Calcutta medical institutions reports 1892-1900
Year: 1892
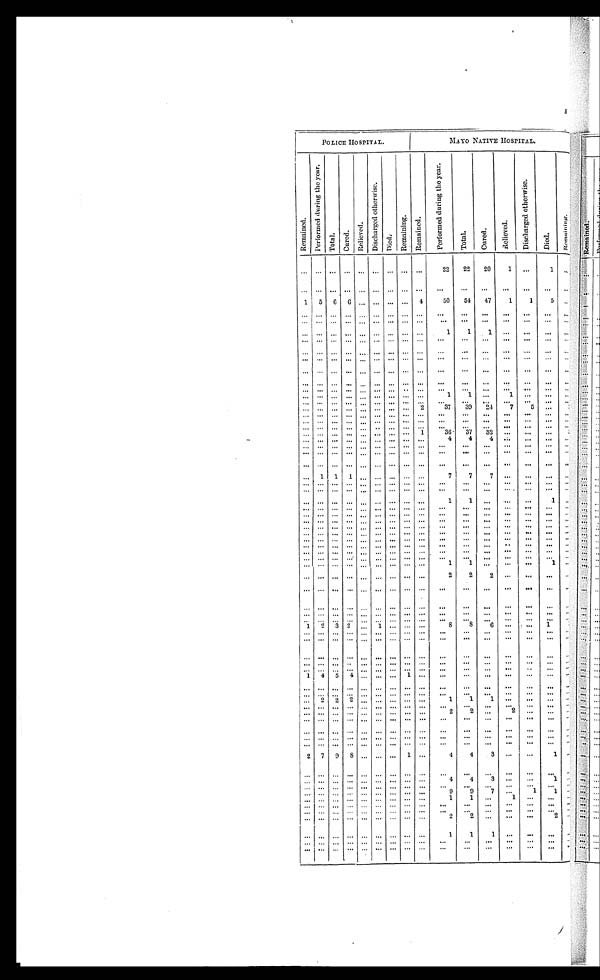
POLICE HOSPITAL.
MAYO NATI VE HOSPI TAL.
R e m a i n e d .
P e r f o r m e d d u r i n g t h e y e a r .
T o t a l .
C u r e d .
R e l i e v e d .
D i s c h a r g e d o t h e r w i s e .
D i e d .
R e m a i n i n g .
R e m a i n e d .
P e r f o r m e d d u r i n g t h e y e a r .
T o t a l .
C u r e d .
R e l i e v e d .
D i s c h a r g e d o t h e r w i s e .
D i e d .
R e m a i n i n g .
. . .
. . .
. . . . . .
. . .
. . .
. . .
. . .
. . .
22
22
20
1
. . .
1
. . .
. . .
. . .
. . . . . .
. . .
. . .
. . .
. . .
. . .
. . .
. . .
. . .
. . .
. . .
. . .
. . .
1
5
6
6
. . .
. . .
. . .
. . .
4
50
54
47
1
1
5 . . .
. . .
. . .
. . .
. . .
. . .
. . .
. . .
. . .
. . .
. . .
. . .
. . . . . .
. . .
. . . . . .
. . .
. . .
. . . . . .
. . .
. . .
. . .
. . .
. . .
. . .
. . .
. . . . . .
. . .
. . . . . .
. . .
. . .
. . . . . .
. . .
. . .
. . .
. . .
. . .
1
1
1 . . .
. . .
. . .
. . .
. . .
. . .
. . . . . .
. . .
. . .
. . .
. . .
. . .
. . .
. . .
. . .. . .
. . .
. . . . . .
. . .
. . .
. . . . . .
. . .
. . .
. . .
. . .
. . .
. . .
. . .
. . .. . .
. . .
. . .
. . .
. . .
. . .
. . . . . .
. . .
. . .
. . .
. . .
. . .
. . .
. . .
. . . . . .
. . .
. . . . . .
. . .
. . .
. . . . . .
. . .
. . .
. . .
. . .
. . .
. . .
. . .
. . .
. . .
. . .
. . .
. . .
. . .
. . .
. . . . . .
. . .
. . .
. . .
. . .
. . .
. . .
. . .
. . .
. . .
. . .
. . . . . .
. . .
. . .
. . . . . .
. . .
. . .
. . .
. . .
. . .
. . .
. . .
. . .
. . .
. . .
. . .
. . .
. . .
. . .
. . . . . .
. . .
. . .
. . .
. . .
. . .
1
1
. . .
1
. . .
. . . . . .
. . .
. . .. . . . . .
. . .
. . .
. . .
. . .
. . .
. . .
. . .
. . .
. . .
. . .
. . .
. . .
. . .
. . .
. . . . . .
. . .
. . .
. . .
. . . 2
37
39
2 4
7
5
. . . . . .
. . .
. . .
. . . . . .
. . .
. . .
. . .
. . .
. . .
. . .
. . .
. . .. . .
. . .
. . . . . .
. . .
. . .
. . . . . .
. . .
. . .
. . .
. . .
. . .
. . .
. . .
. . .. . .
. . .
. . . . . .
. . .
. . .
. . . . . .
. . .
. . .
. . .
. . .
. . .
. . .
. . .
. . .. . .
. . .
. . . . . .
. . .
. . .
. . . . . .
. . .
. . .
. . .
. . .
1
3 6
3 7
3 2
. . .
. . .
. . .
. . .
. . .
. . .
. . . . . .
. . . . . .
. . .
. . .
. . .
4
4
4
. . .
. . .
. . .
. . .
. . .
. . .
. . . . . .
. . .
. . .
. . .
. . .
. . .
. . .
. . .
. . .
. . .
. . .
. . .
. . .
. . .
. . .
. . . . . .
. . .
. . .
. . .
. . .
. . .
. . .
. . .
. . .
. . .
. . .
. . . . . .
. . .
. . .
. . . . . .
. . .
. . .
. . .
. . .
. . .
. . .
. . .
. . .
. . .
. . .
. . . . . .
. . .
1
1
1
. . .
. . .
. . .
. . .
. . .
7
7
7
. . .
. . .
. . . . . .
. . .
. . .
. . . . . .
. . .
. . .
. . .
. . .
. . .
. . .
. . .
. . . . . .
. . .
. . . . . .
. . .
. . .
. . . . . .
. . .
. . .
. . .
. . .
. . .
. . .
. . .
. . . . . .
. . .
. . . . . .
. . .
. . .
. . . . . .
. . .
. . .
. . .
. . .
. . .
1
1
. . . . . .
. . .
1 . . .
. . .
. . .
. . . . . .
. . .
. . .
. . .
. . .
. . .
. . .
. . .
. . . . . .
. . .
. . . . . .
. . .
. . .
. . . . . .
. . .
. . .
. . .
. . .
. . .
. . .
. . .
. . . . . .
. . .
. . . . . .
. . .
. . .
. . . . . .
. . .
. . .
. . .
. . .
. . .
. . .
. . .
. . . . . .
. . .
. . . . . .
. . .
. . .
. . . . . .
. . .
. . .
. . .
. . .
. . .
. . .
. . .
. . . . . .
. . .
. . .
. . .
. . .
. . .
. . . . . .
. . .
. . .
. . .
. . .
. . .
. . .
. . .
. . . . . .
. . .
. . . . . .
. . .
. . .
. . . . . .
. . .
. . .
. . .
. . .
. . .
. . .
. . .
. . . . . .
. . .
. . . . . .
. . .
. . .
. . . . . .
. . .
. . .
. . .
. . .
. . .
. . .
. . .
. . .
. . .
. . .
. . . . . .
. . .
. . .
. . . . . .
. . .
. . .
. . .
. . .
. . .
. . .
. . .
. . .
. . .
. . .
. . . . . .
. . .
. . .
. . . . . .
. . .
. . .
. . .
. . .
. . .
. . .
. . .
. . .
. . .
. . .
. . . . . .
. . .
. . .
. . . . . .
. . .
. . .
. . .
. . .
. . .
1
1
. . .
. . .
. . .
1
. . .
. . .
. . .
. . . . . .
. . .
. . .
. . .
. . .
. . .
2
2
2
. . .
. . .
. . .
. . .
. . .
. . .
. . . . . .
. . .
. . .
. . .
. . .
. . .
. . .
. . .
. . .
. . .
. . .
. . .
. . .
. . .
. . .
. . . . . .
. . .
. . .
. . .
. . .
. . .
. . .
. . .
. . .
. . .
. . .
. . .
. . .
. . .
. . .
. . . . . .
. . .
. . .
. . .
. . .
. . .
. . .
. . .
. . .
. . .
. . .
. . .
. . .
. . .
. . .
. . . . . .
. . .
. . .
. . .
. . .
. . .
. . .
. . .
. . .
. . .
. . .
. . .
. . .
1
2
3 2
. . .
1
. . .
. . .
. . .
8
8
6
. . .
. . .
1
. . .
. . .
. . .
. . . . . .
. . .
. . .
. . .
. . .
. . .
. . .
. . .
. . . . . .
. . .
. . .
. . .
. . .
. . .
. . . . . .
. . .
. . .
. . .
. . .
. . .
. . .
. . .
. . .
. . .
. . .
. . .
. . .
. . .
. . .. . . . . .
. . .
. . .
. . .
. . .
. . .
. . .
. . .
. . .
. . .
. . .
. . .
. . .
. . .
. . .
. . . . . .
. . .
. . .
. . .
. . .
. . .
. . .
. . .
. . . . . .
. . .
. . . . . .
. . . . . .
. . . . . .
. . .
. . .
. . .
. . .
. . .
. . .
. . .
. . .
. . .
. . .
. . . . . .
1
4 5
4
. . .
. . .
. . .
1
. . .
. . .
. . .
. . . . . .
. . .
. . . . . .
. . .
. . .
. . .
. . .
. . .
. . .
. . .
. . .
. . .
. . .
. . .
. . . . . .
. . .
. . . . . .
. . .
. . .
. . .
. . .
. . .
. . .
. . .
. . .
. . .
. . .
. . .
. . . . . .
. . .
. . . . . .
. . . 2
2
2
. . .
. . .
. . .
. . .
. . .
1
1
1 . . .
. . .
. . . . . .
. . .
. . .
. . .
. . .
. . .
. . .
. . .
. . .
. . .
. . .
. . .
. . .
. . .
. . .
. . . . . .
. . .
. . .
. . . . . .
. . .
. . .
. . .
. . .
. . .
2
2
. . .
2
. . .
. . . . . .
. . .
. . .
. . . . . .
. . .
. . .
. . .
. . .
. . .
. . .
. . .
. . . . . .
. . .
. . . . . .
. . .
. . .
. . . . . .
. . .
. . .
. . .
. . .
. . .
. . .
. . .
. . . . . .
. . .
. . .
. . .
. . .
. . .
. . . . . .
. . .
. . .
. . .
. . .
. . .
. . .
. . .
. . . . . .
. . .
. . .
. . .
. . .
. . .
. . . . . .
. . .
. . .
. . .
. . .
. . .
. . .
. . .
. . . . . .
. . .
. . . . . .
2
7
9 8
. . .
. . .
. . . 1
. . .
4
4
3
. . .
. . .
1
. . .
. . .
. . .
. . . . . .
. . .
. . .
. . .
. . .
. . .
. . .
. . .
. . . . . .
. . .
. . . . . .
. . .
. . .
. . .
. . .
. . .
. . .
. . .
. . .
. . .
4
4
3
. . .
. . .
1 . . .
. . .
. . .
. . . . . .
. . .
. . .
. . .
. . .
. . .
. . .
. . .
. . .
. . .
. . .
. . .
. . .
. . .
. . .
. . . . . .
. . .
. . .
. . .
. . .
. . .
9
9
7
. . .
1
1
. . .
. . .
. . .
. . . . . .
. . .
. . .
. . .
. . .
. . .
1
1
. . .
1
. . .
. . . . . .
. . .
. . .
. . . . . .
. . .
. . .
. . .
. . .
. . .. . .
. . .
. . .
. . .
. . .
. . .
. . .
. . .
. . .
. . . . . .
. . .
. . .
. . .
. . .
. . .
. . .
. . .
. . .
. . .
. . .
. . . . . .
. . .
. . .
. . . . . .
. . .
. . .
. . .
. . .
. . .
2
2
. . .
. . .
. . .
2 . . .
. . .
. . .
. . . . . .
. . .
. . .
. . .
. . .
. . .
1
1
1
. . .
. . .
. . .
. . .
. . .
. . .
. . . . . .
. . .
. . .
. . .
. . .
. . .
. . .
. . .
. . . . . .
. . .
. . . . . .
. . .
. . . . . .
. . .
. . .
. . .
. . .
. . .
. . .
. . .
. . .
. . .
. . .
. . .
. . .
. . .